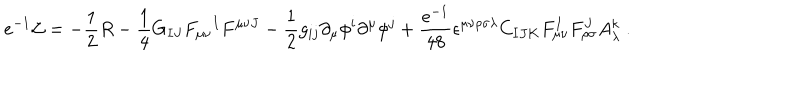
e ^ { - 1 } { \cal L } = - { \frac { 1 } { 2 } } R - { \frac { 1 } { 4 } } G _ { I J } F _ { \mu \nu } { } ^ { I } F ^ { \mu \nu J } - { \frac { 1 } { 2 } } g _ { i j } \partial _ { \mu } \phi ^ { i } \partial ^ { \mu } \phi ^ { j } + { \frac { e ^ { - 1 } } { 4 8 } } \epsilon ^ { \mu \nu \rho \sigma \lambda } C _ { I J K } F _ { \mu \nu } ^ { I } F _ { \rho \sigma } ^ { J } A _ { \lambda } ^ { k } \ .